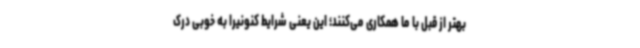
بهتر از قبل با ما همکاری می‌کنند؛ این یعنی شرایط کنونیرا به خوبی درک